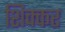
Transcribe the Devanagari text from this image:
शिक्कर